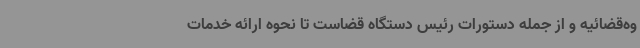
وه‌قضائیه و از جمله دستورات رئیس دستگاه قضاست تا نحوه ارائه خدمات